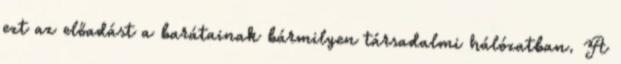
ezt az előadást a barátainak bármilyen társadalmi hálózatban. A